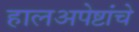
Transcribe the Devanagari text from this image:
हालअपेष्टांचे